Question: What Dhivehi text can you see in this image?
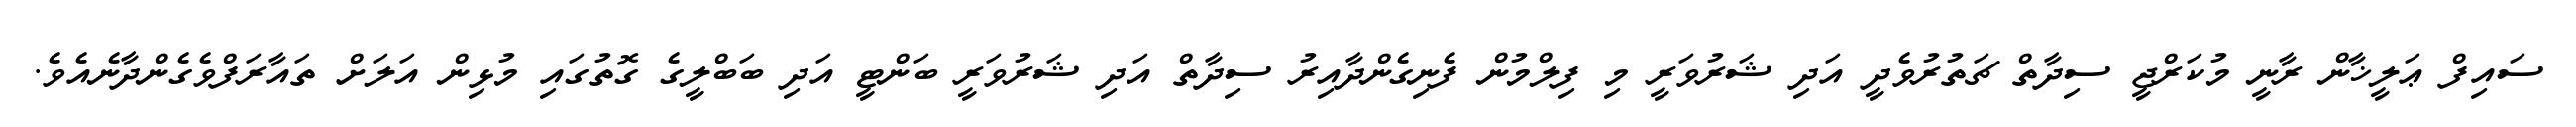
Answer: ސައިފް ޢަލީޚާން ރާނީ މުކަރްޖީ ސިދާތް ޗަތުރުވެދީ އަދި ޝަރުވަރީ މި ފިލްމުން ފެނިގެންދާއިރު ސިދާތް އަދި ޝަރުވަރީ ބަންޓީ އަދި ބަބްލީގެ ގޮތުގައި މުޅިން އަލަށް ތައާރަފްވެގެންދާނެއެވެ.